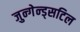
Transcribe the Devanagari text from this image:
जुन्गेन्ड्सटिल